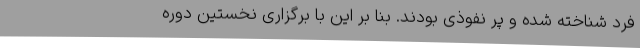
فرد شناخته شده و پر نفوذی بودند. بنا بر این با برگزاری نخستین دوره